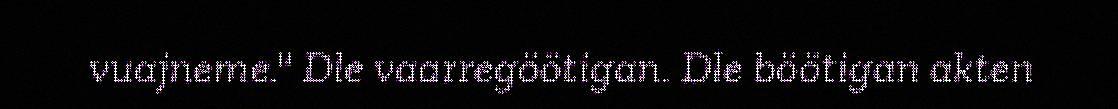
vuajneme." Dle vaarregöötigan. Dle böötigan akten